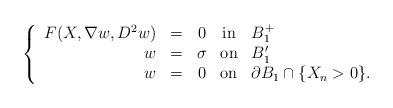
LaTeX: \begin{align*} \left\{\begin{array}{rcccl}F(X, \nabla w, D^2 w) & = & 0 & \mbox{in} & B^{+}_{1}\\ w & = & \sigma & \mbox{on} & B^{\prime}_1\\w & = & 0 & \mbox{on} & \partial B_{1} \cap \{X_n >0\}.\end{array}\right.\end{align*}